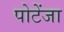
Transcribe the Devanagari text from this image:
पोटेंजा